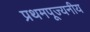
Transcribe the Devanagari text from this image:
प्रथमपूज्यनीय